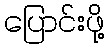
ပြောင်းဖို့